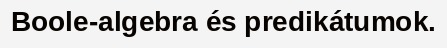
Boole-algebra és predikátumok.